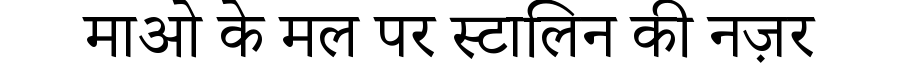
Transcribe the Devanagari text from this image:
माओ के मल पर स्टालिन की नज़र